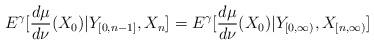
LaTeX: \begin{align*}E^{\gamma}[\frac{d\mu}{d\nu}(X_{0})|Y_{[0,n-1]},X_{n}]&=E^{\gamma}[\frac{d\mu}{d\nu}(X_{0})|Y_{[0,\infty)},X_{[n,\infty)}]\end{align*}